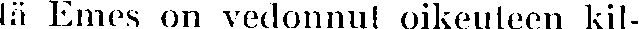
tä Emes on vedonnut oikeuteen kil-